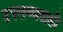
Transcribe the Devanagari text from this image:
उपलब्धताही